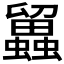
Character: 𧔳